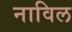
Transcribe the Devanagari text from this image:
नाविल